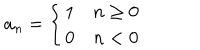
LaTeX: a _ { n } = \left\{ \begin{array} { l r } { { 1 } } & { { n \ge 0 } } \\ { { 0 } } & { { n < 0 } } \\ \end{array} \right.